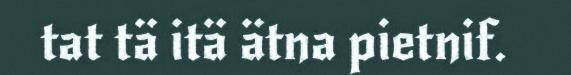
tat tä itä ätna pietnif.